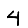
Digit: 4